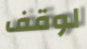
لوقف